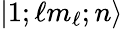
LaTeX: |1;\ell m_{\ell};n\rangle